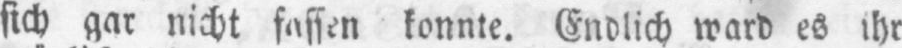
sich gar nicht fassen konnte. Endlich ward es ihr